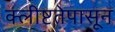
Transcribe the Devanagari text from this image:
क्लीष्टतेपासून